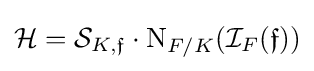
{\mathcal {H}}={\mathcal {S}}_{K,{\mathfrak {f}}}\cdot \mathrm {N} _{F/K}({\mathcal {I}}_{F}({\mathfrak {f}}))